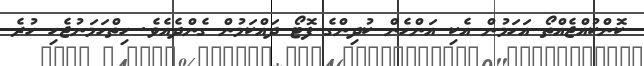
ކޮންކުއްޖެއްތޯ އަހަމުން އެކި އަންހެން ކުދިންގެ ފޮޓޯ ދައްކަމުން ގެންދެއެވެ. ހިތްހަމަނުޖެހި ހުރެ